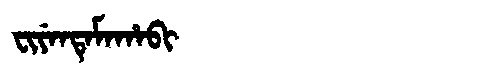
Manchu: ᠸᡳᠶᡝᠨᡨᡝᠮᠠᡥᠠᠪᡳ
Romanization: FIYENTEMAHABI